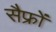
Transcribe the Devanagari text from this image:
सैफ्रों